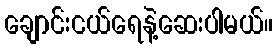
ချောင်းငယ်ရေနဲ့ဆေးပါမယ်။